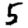
Digit: 5